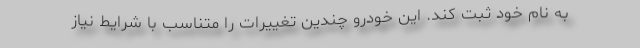
به نام خود ثبت کند. این خودرو چندین تغییرات را متناسب با شرایط نیاز